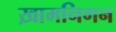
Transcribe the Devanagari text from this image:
ख़ामनिगन